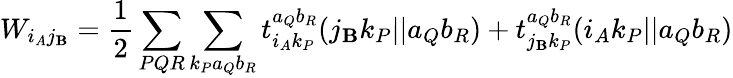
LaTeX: W_{i_{A}j_{\mathbf{B}}}=\frac{{1}}{{2}}\sum_{PQR}\sum_{k_{P}a_{Q}b_{R}}t_{i_{A}k_{P}}^{a_{Q}b_{R}}(j_{\mathbf{B}}k_{P}||a_{Q}b_{R})+t_{j_{\mathbf{B}}k_{P}}^{a_{Q}b_{R}}(i_{A}k_{P}||a_{Q}b_{R})